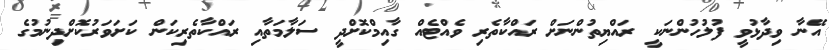
އޭނާ ވިދާޅުވީ ފުލުހުންނަކީ ރައްޔިތުންނަށް ރައްކާތެރި ވެއްޓެއް ގާއިމްކޮށްދީ ސަލާމަތާއި ރައްކާތެރިކަން ކަށަވަރުކޮށްދިނުމުގެ